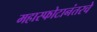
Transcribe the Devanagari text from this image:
महास्फोटानंतरचे